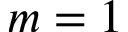
m = 1